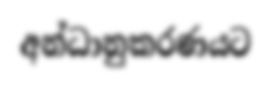
අන්ධානුකරණයට